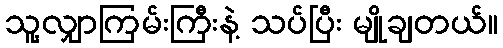
သူ့လျှာကြမ်းကြီးနဲ့ သပ်ပြီး မျိုချတယ်။